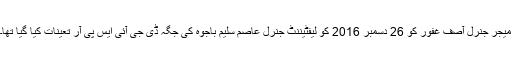
میجر جنرل آصف غفور کو 26 دسمبر 2016 کو لیفٹیننٹ جنرل عاصم سلیم باجوہ کی جگہ ڈی جی آئی ایس پی آر تعینات کیا گیا تھا۔